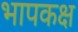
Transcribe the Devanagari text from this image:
भापकक्ष